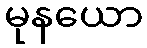
မုနယော